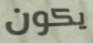
يكون